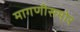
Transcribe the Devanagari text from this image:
मागणीसमोर